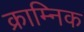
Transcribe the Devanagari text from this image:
क्राम्निक